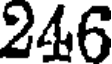
246